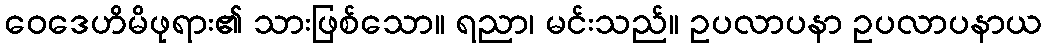
ဝေဒေဟိမိဖုရား၏ သားဖြစ်သော။ ရညာ၊ မင်းသည်။ ဥပလာပနာ ဥပလာပနာယ